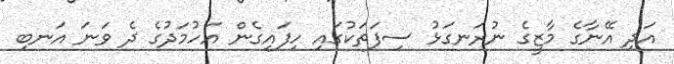
އަދި އޭނާގެ މާޒީގެ ނުރަނގަޅު ސިފަތަކުގައި ހިފައިގެން އަހުމަދުގެ ދެ ވަނަ އަނބި